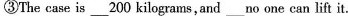
③The case is___200 kilograms, and___no one can lift it.